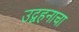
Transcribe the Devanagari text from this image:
उद्वहनाचा